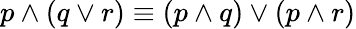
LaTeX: p\wedge(q\vee r)\equiv(p\wedge q)\vee(p\wedge r)